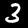
Label: 3